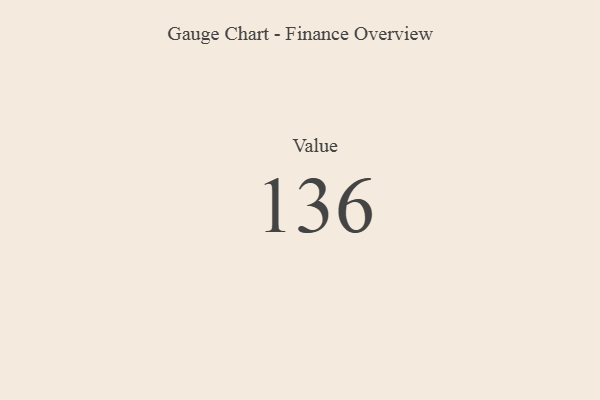
{"axis": {"x": "Metric", "y": "Value"}, "legend": [""], "data": [{"x": "Value", "y": 136, "type": ""}]}